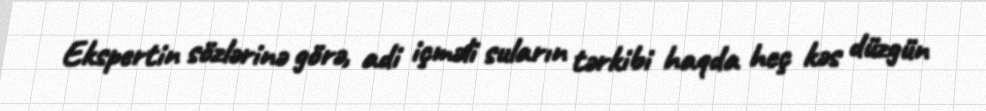
Ekspertin sözlərinə görə, adi içməli suların tərkibi haqda heç kəs düzgün